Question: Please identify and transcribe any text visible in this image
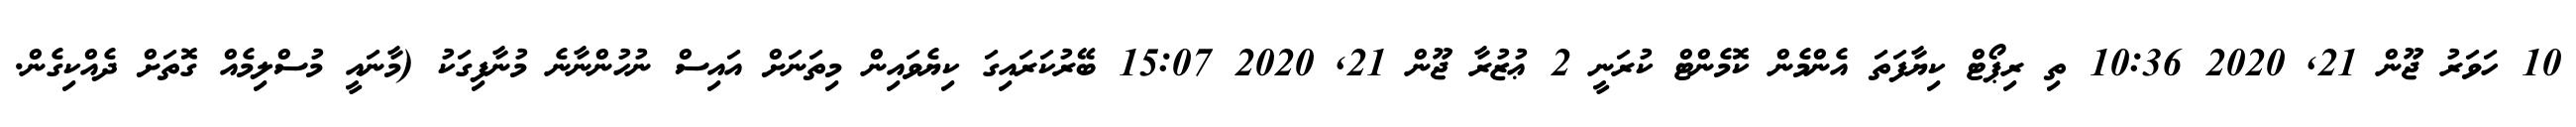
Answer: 10 ހަވަރު ޖޫން 21, 2020 10:36 ތި ރިޕޯޓް ކިޔާފަތަ އެންމެން ކޮމެންޓް ކުރަނީ 2 ޢުޒުރާ ޖޫން 21, 2020 15:07 ބޭރުކަރައިގަ ކިޔެވައިން މިތަނަށް އައިސް ނުހުންނާނެ މުނާފިގަކު (މާނައީ މުސްލިމެއް ގޮތަށް ދެއްކިގެން.